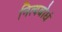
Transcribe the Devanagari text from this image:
नित्यबोधं